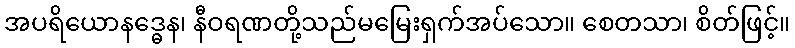
အပရိယောနဒ္ဓေန၊ နီဝရဏတို့သည်မမြေးရှက်အပ်သော။ စေတသာ၊ စိတ်ဖြင့်။